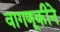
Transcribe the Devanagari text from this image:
वागणूकीने